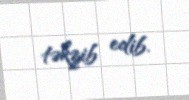
təkzib edib.